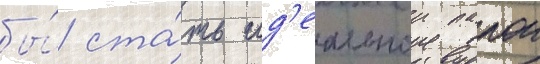
бы́ ста́ть ид'еальнои парои